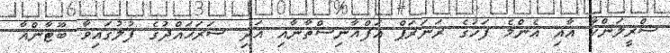
ސްރީލަންކާ އާއި އެންމެ ފަހުގެ ރަނަރަޕް އަފްޣާނިސްތާނާއި އަދި ސަރަޙައްދުގެ ފުލުގައިވާ ބޫޓާންއާ